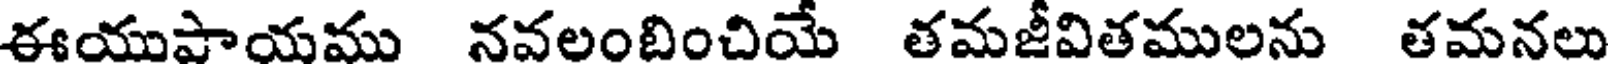
ఈయుపాయము నవలంబించియే తమజీవితములను తమనలు